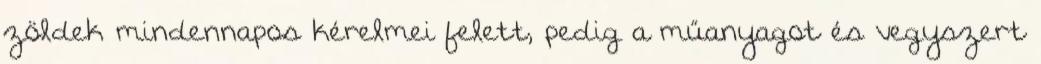
zöldek mindennapos kérelmei felett, pedig a műanyagot és vegyszert